Leaving Certificate Examination (including Day School Certificate (Higher) General paper), 1936
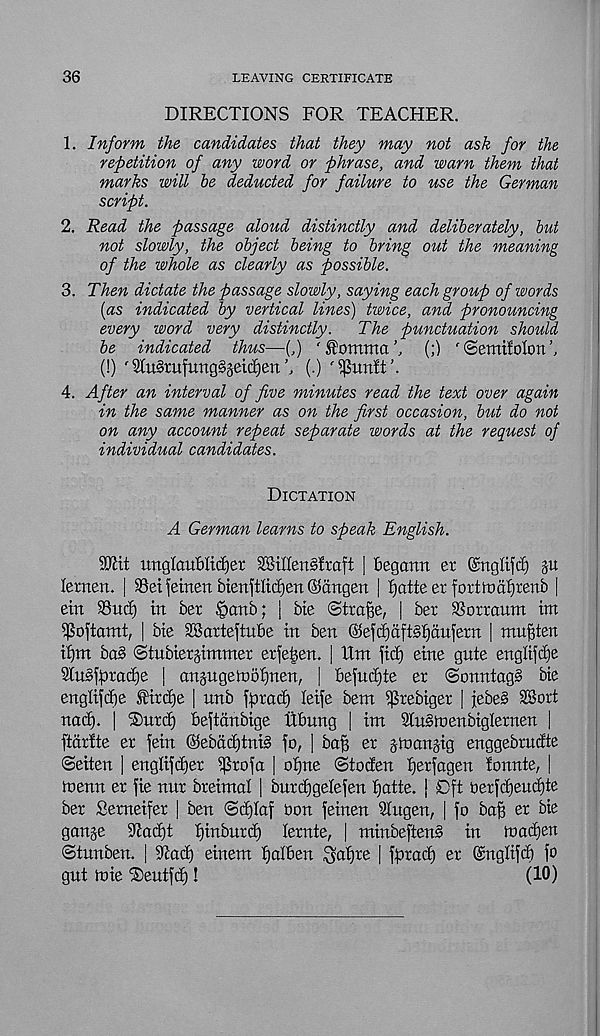
36
LEAVING CERTIFICATE
DIRECTIONS FOR TEACHER.
1. Inform the candidates that they may not ask for the
repetition of any word or phrase, and warn them that
marks will be deducted for failure to use the German
script.
2. Read the passage aloud distinctly and deliberately, but
not slowly, the object being to bring out the meaning
of the whole as clearly as possible.
3. Then dictate the passage slowly, saying each group of words
(as indicated by vertical lines) twice, and pronouncing
every word very distinctly.
The punctuation should
be indicated thus—(,) ' fommo
(;) '©emifolon’,
(!) ' $u§ruftmg§getd)eTt(.) ^imlt
4. After an interval of five minutes read the text over again
in the same manner as on the first occasion, but do not
on any account repeat separate words at the request of
individual candidates.
Dictation
A German learns to speak English.
tmglau&Itdjet SBiHensftaft | Begann er ©nglijcfj §u
lenten. | 93et fetnen bienftlidjen ©ctngen | Ijatte er fottroa'fjrenb |
ein Sue!) in ber £>anb; | bte Strode, | ber SSorraum im
^oftamt, | bte SSarteftnBe in ben ©efd)dfi§f)aufern | mu^ten
il)va ba§ ©tnbiergimmer erfe^en. | lint fid) eine gute englifd)e
SiuSfpradje | anjugetoBIjnen, | befudjte er ©onntagS bie
englij’cbe tirdje | nnb farad) leife bent i^rebiger | jebe§ SBort
nafa. | ®urd) Beftdnbige Ubung | im Sinstoenbigletnen |
ftdrfte er fein @ebad)tni§ fa, | bag er jtnangig enggebrutfte
©eiten ] engliffaer $rofa | oljne ©tocien Ijerfagen fonnte, |
tnenn er fie nnr breimal | bnrfagelefen Ijatte. j 0ft berfdfeudfte
ber Serneifer | ben ©cf)Iaf bon feinen Slugen, [ fo bag er bie
gange 9lad)t fanburd) lernte, | minbeftenS in toadjen
©tnnben. j 9cad) einem t)albert ^afjre | farad) er ©nglifd) fo
gut toie Teutfd)!
(10)